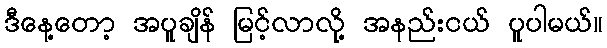
ဒီနေ့တော့ အပူချိန် မြင့်လာလို့ အနည်းငယ် ပူပါမယ်။